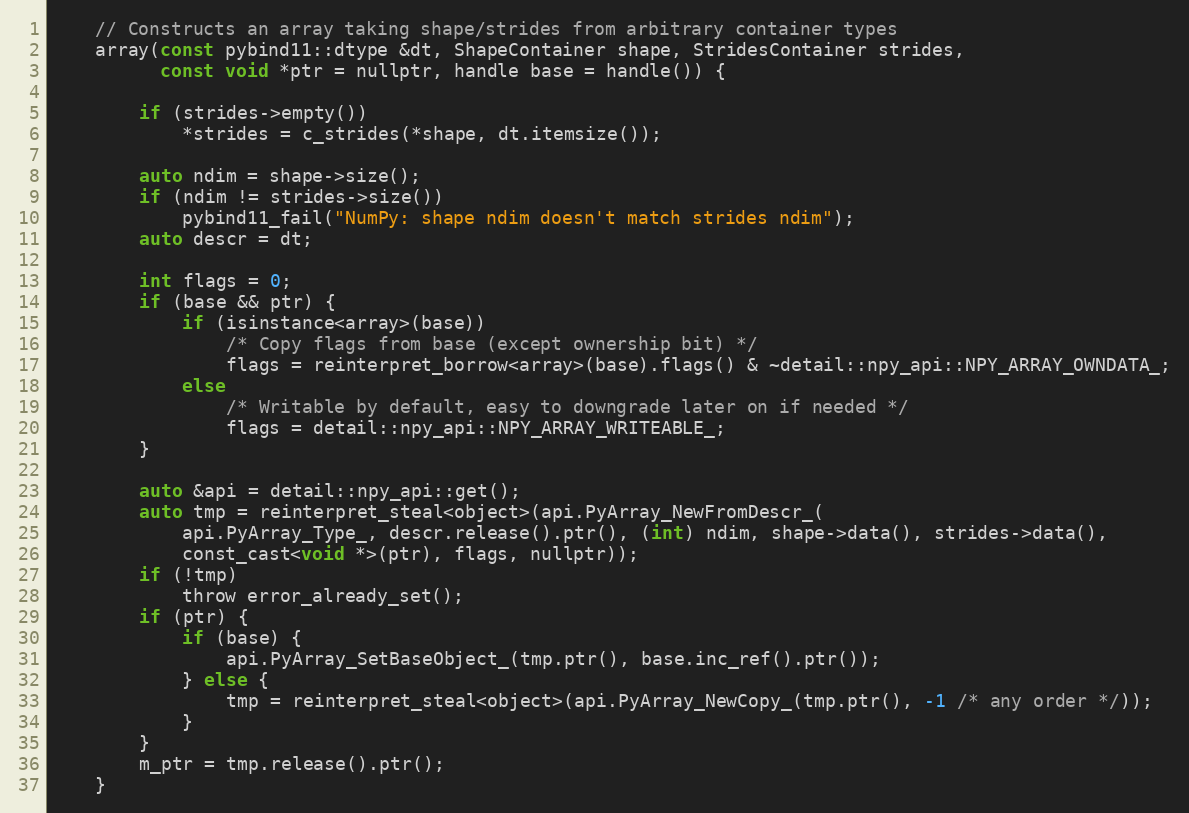
Language: C
    // Constructs an array taking shape/strides from arbitrary container types
    array(const pybind11::dtype &dt, ShapeContainer shape, StridesContainer strides,
          const void *ptr = nullptr, handle base = handle()) {

        if (strides->empty())
            *strides = c_strides(*shape, dt.itemsize());

        auto ndim = shape->size();
        if (ndim != strides->size())
            pybind11_fail("NumPy: shape ndim doesn't match strides ndim");
        auto descr = dt;

        int flags = 0;
        if (base && ptr) {
            if (isinstance<array>(base))
                /* Copy flags from base (except ownership bit) */
                flags = reinterpret_borrow<array>(base).flags() & ~detail::npy_api::NPY_ARRAY_OWNDATA_;
            else
                /* Writable by default, easy to downgrade later on if needed */
                flags = detail::npy_api::NPY_ARRAY_WRITEABLE_;
        }

        auto &api = detail::npy_api::get();
        auto tmp = reinterpret_steal<object>(api.PyArray_NewFromDescr_(
            api.PyArray_Type_, descr.release().ptr(), (int) ndim, shape->data(), strides->data(),
            const_cast<void *>(ptr), flags, nullptr));
        if (!tmp)
            throw error_already_set();
        if (ptr) {
            if (base) {
                api.PyArray_SetBaseObject_(tmp.ptr(), base.inc_ref().ptr());
            } else {
                tmp = reinterpret_steal<object>(api.PyArray_NewCopy_(tmp.ptr(), -1 /* any order */));
            }
        }
        m_ptr = tmp.release().ptr();
    }